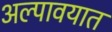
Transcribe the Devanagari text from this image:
अल्पावयात